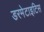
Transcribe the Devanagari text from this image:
डरमेटाइटिस